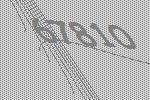
67810